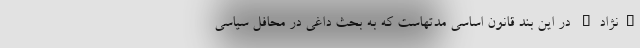
"نژاد" در این بند قانون اساسی مدتهاست که به بحث داغی در محافل سیاسی